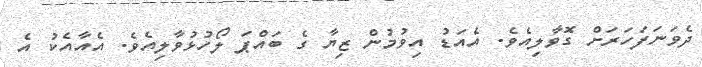
ދެވަނަފަހަރަށް ގޮވާލިއެވެ. އެއަޑު އިވުމުން ޒިޔާ ގެ ބައްޕަ ލޯހުޅުވާލިއެވެ. އެއާއެކު އެ